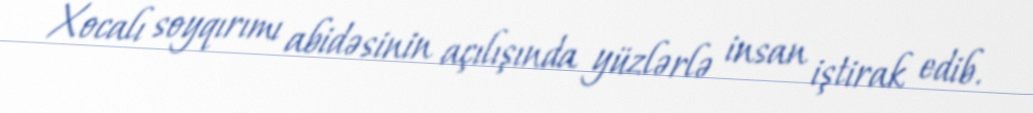
Xocalı soyqırımı abidəsinin açılışında yüzlərlə insan iştirak edib.